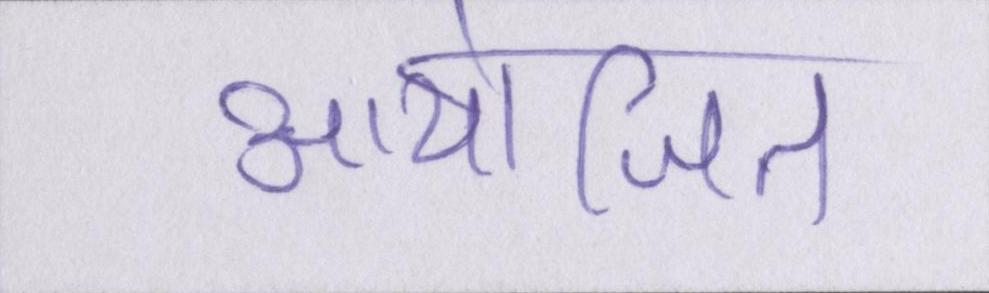
आयोजित